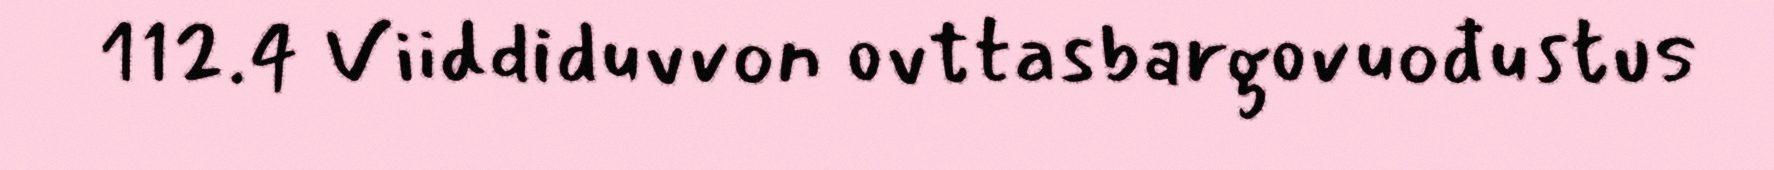
112.4 Viiddiduvvon ovttasbargovuođustus